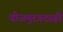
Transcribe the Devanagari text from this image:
वीजपुरवठाही